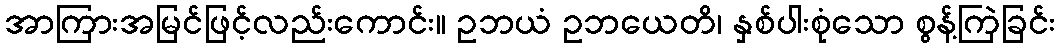
အာကြားအမြင်ဖြင့်လည်းကောင်း။ ဥဘယံ ဥဘယေတိ၊ နှစ်ပါးစုံသော စွန့်ကြဲခြင်း